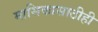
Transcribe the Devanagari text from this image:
मासिकासाठीही